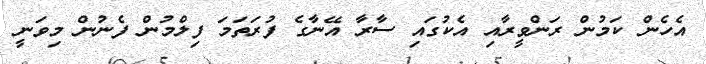
އެހެން ކަމުން ރަންވީރާއި އެކުގައި ސާރާ އޭނާގެ ފުރަތަމަ ފިލްމުން ފެނުން މިވަނީ